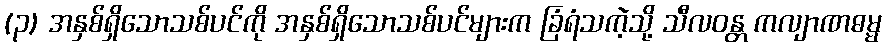
(၃) အနှစ်ရှိသောသစ်ပင်ကို အနှစ်ရှိသောသစ်ပင်များက ခြံရံသကဲ့သို့ သီလဝန္တ ကလျာဏဓမ္မ